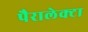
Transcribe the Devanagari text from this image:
पैरालेक्टा